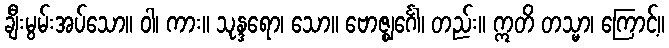
ချီးမွမ်းအပ်သော။ ဝါ၊ ကား။ သုန္ဒရော၊ သော။ ဗောဇ္ဈင်္ဂေါ၊ တည်း။ ဣတိ တသ္မာ၊ ကြောင့်။